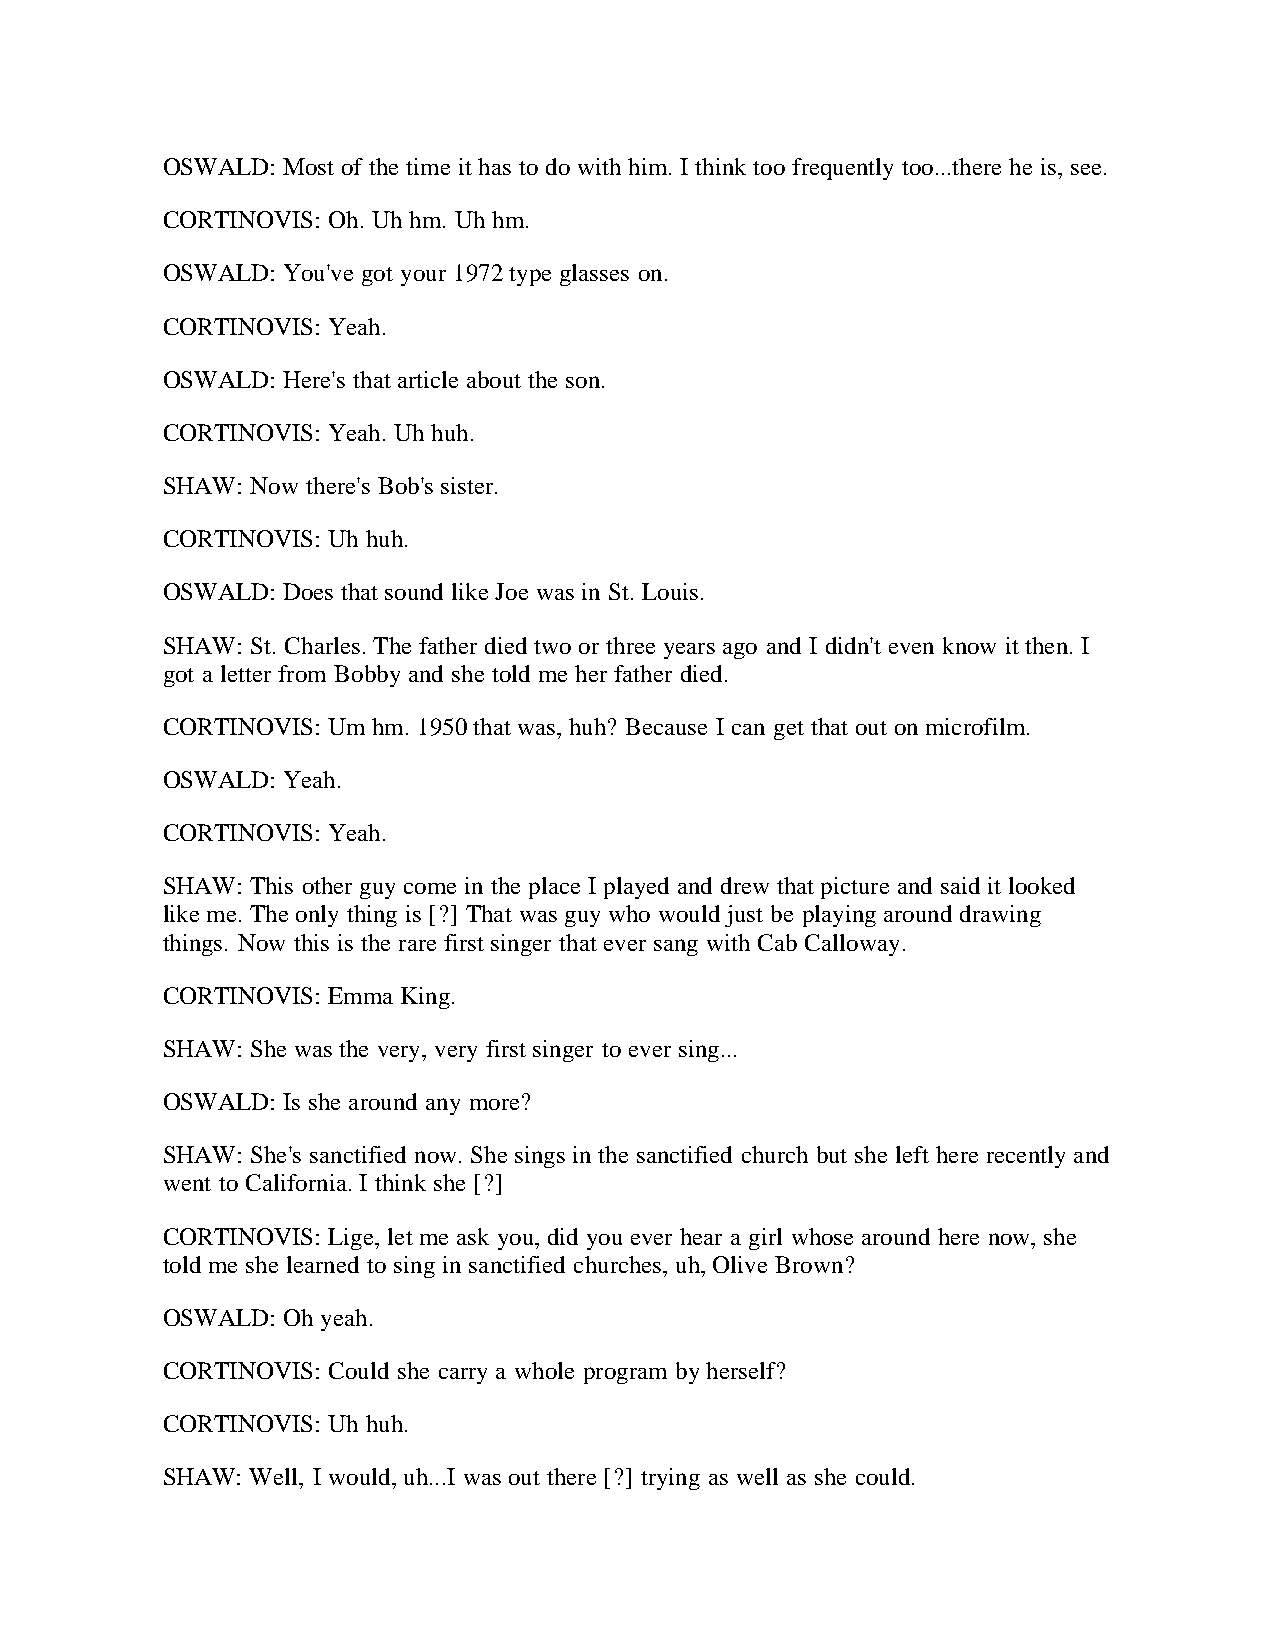
OSWALD: Most of the time it has to do with him. I think too frequently too...there he is, see.
 CORTINOVIS: Oh. Uh hm. Uh hm.
 OSWALD: You've got your 1972 type glasses on.
 CORTINOVIS: Yeah.
 OSWALD: Here's that article about the son.
 CORTINOVIS: Yeah. Uh huh.
 SHAW: Now there's Bob's sister.
 CORTINOVIS: Uh huh.
 OSWALD: Does that sound like Joe was in St. Louis.
 SHAW: St. Charles. The father died two or three years ago and I didn't even know it then. I
 got a letter from Bobby and she told me her father died.
 CORTINOVIS: Um hm. 1950 that was, huh? Because I can get that out on microfilm.
 OSWALD: Yeah.
 CORTINOVIS: Yeah.
 SHAW: This other guy come in the place I played and drew that picture and said it looked
 like me. The only thing is [?] That was guy who would just be playing around drawing
 things. Now this is the rare first singer that ever sang with Cab Calloway.
 CORTINOVIS: Emma King.
 SHAW: She was the very, very first singer to ever sing...
 OSWALD: Is she around any more?
 SHAW: She's sanctified now. She sings in the sanctified church but she left here recently and
 went to California. I think she [?]
 CORTINOVIS: Lige, let me ask you, did you ever hear a girl whose around here now, she
 told me she learned to sing in sanctified churches, uh, Olive Brown?
 OSWALD: Oh yeah.
 CORTINOVIS: Could she carry a whole program by herself?
 CORTINOVIS: Uh huh.
 SHAW: Well, I would, uh...I was out there [?] trying as well as she could.